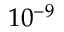
1 0 ^ { - 9 }